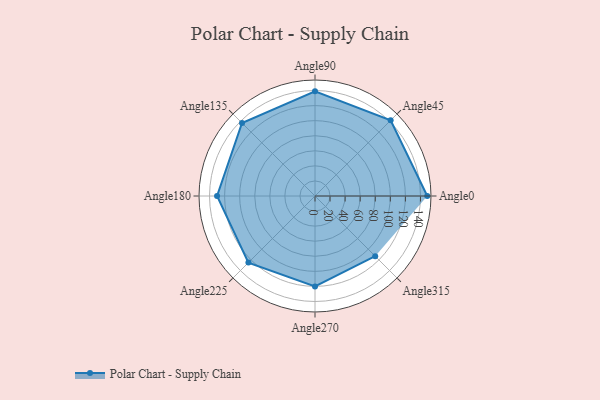
{"axis": {"x": "Angle", "y": "Radius"}, "legend": [""], "data": [{"x": "Angle0", "y": 149.0, "type": ""}, {"x": "Angle45", "y": 142.0, "type": ""}, {"x": "Angle90", "y": 139.0, "type": ""}, {"x": "Angle135", "y": 137.0, "type": ""}, {"x": "Angle180", "y": 130.0, "type": ""}, {"x": "Angle225", "y": 125.0, "type": ""}, {"x": "Angle270", "y": 120.0, "type": ""}, {"x": "Angle315", "y": 113.0, "type": ""}]}